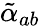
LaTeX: \tilde{\alpha}_{ab}